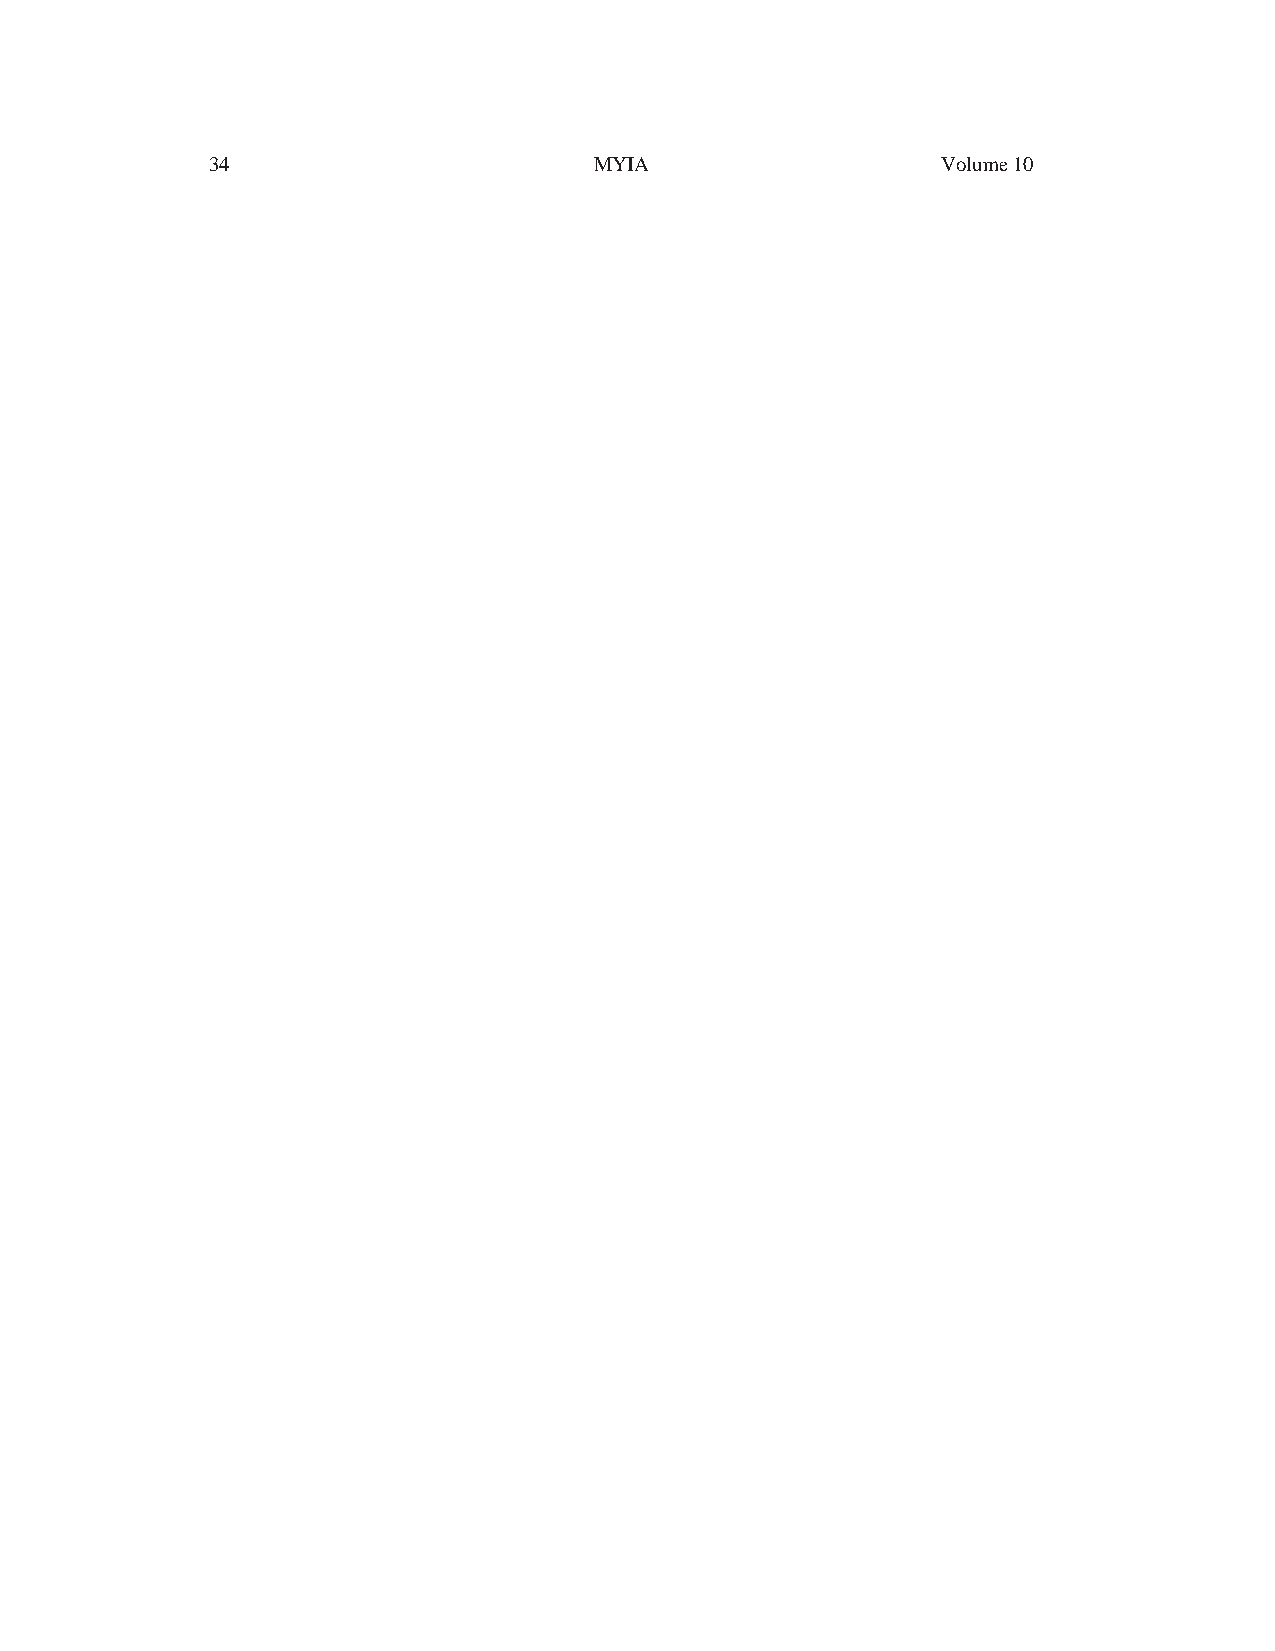
34                       MYIA                   Volume 10